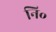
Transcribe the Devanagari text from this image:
नि॰